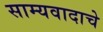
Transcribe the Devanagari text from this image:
साम्यवादाचे